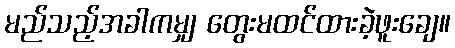
မည်သည့်အခါကမျှ တွေးမထင်ထားခဲ့ဖူးချေ။